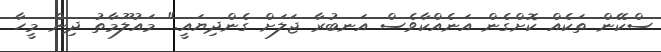
ސްކޭން ތަކެއް ކޮށްގެން އަނެއްކާވެސް އަނބުރާ ޖަލަށް ގެންދިޔައީ." މައުލޫމާތު ދިން މީހާ